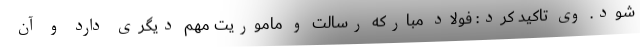
شود. وی تاکید کرد: فولاد مبارکه رسالت و ماموریت مهم دیگری دارد و آن